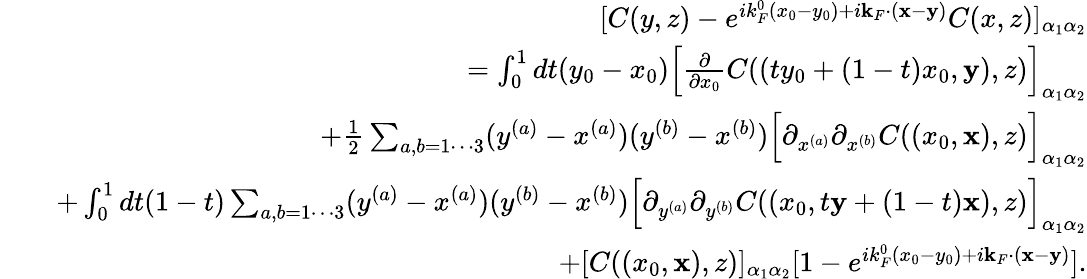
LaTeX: \begin{array}{rlr}&{}&{[C(y,z)-e^{ik_{F}^{0}(x_{0}-y_{0})+i{\mathbf k}_{F}\cdot({\mathbf x}-{\mathbf y})}C(x,z)]_{\alpha_{1}\alpha_{2}}}\\ &{}&{=\int_{0}^{1}dt(y_{0}-x_{0})\Big[\frac{\partial}{\partial x_{0}}C((ty_{0}+(1-t)x_{0},{\mathbf y}),z)\Big]_{\alpha_{1}\alpha_{2}}}\\ &{}&{+\frac 12\sum_{a,b=1\cdots 3}(y^{(a)}-x^{(a)})(y^{(b)}-x^{(b)})\Big[\partial_{x^{(a)}}\partial_{{x}^{(b)}}C((x_{0},{\mathbf x}),z)\Big]_{\alpha_{1}\alpha_{2}}}\\ &{}&{+\int_{0}^{1}dt(1-t)\sum_{a,b=1\cdots 3}(y^{(a)}-x^{(a)})(y^{(b)}-x^{(b)})\Big[\partial_{y^{(a)}}\partial_{{y}^{(b)}}C((x_{0},t{\mathbf y}+(1-t){\mathbf x}),z)\Big]_{\alpha_{1}\alpha_{2}}}\\ &{}&{+[C((x_{0},{\mathbf x}),z)]_{\alpha_{1}\alpha_{2}}[1-e^{ik_{F}^{0}(x_{0}-y_{0})+i{\mathbf k}_{F}\cdot({\mathbf x}-{\mathbf y})}].}\end{array}